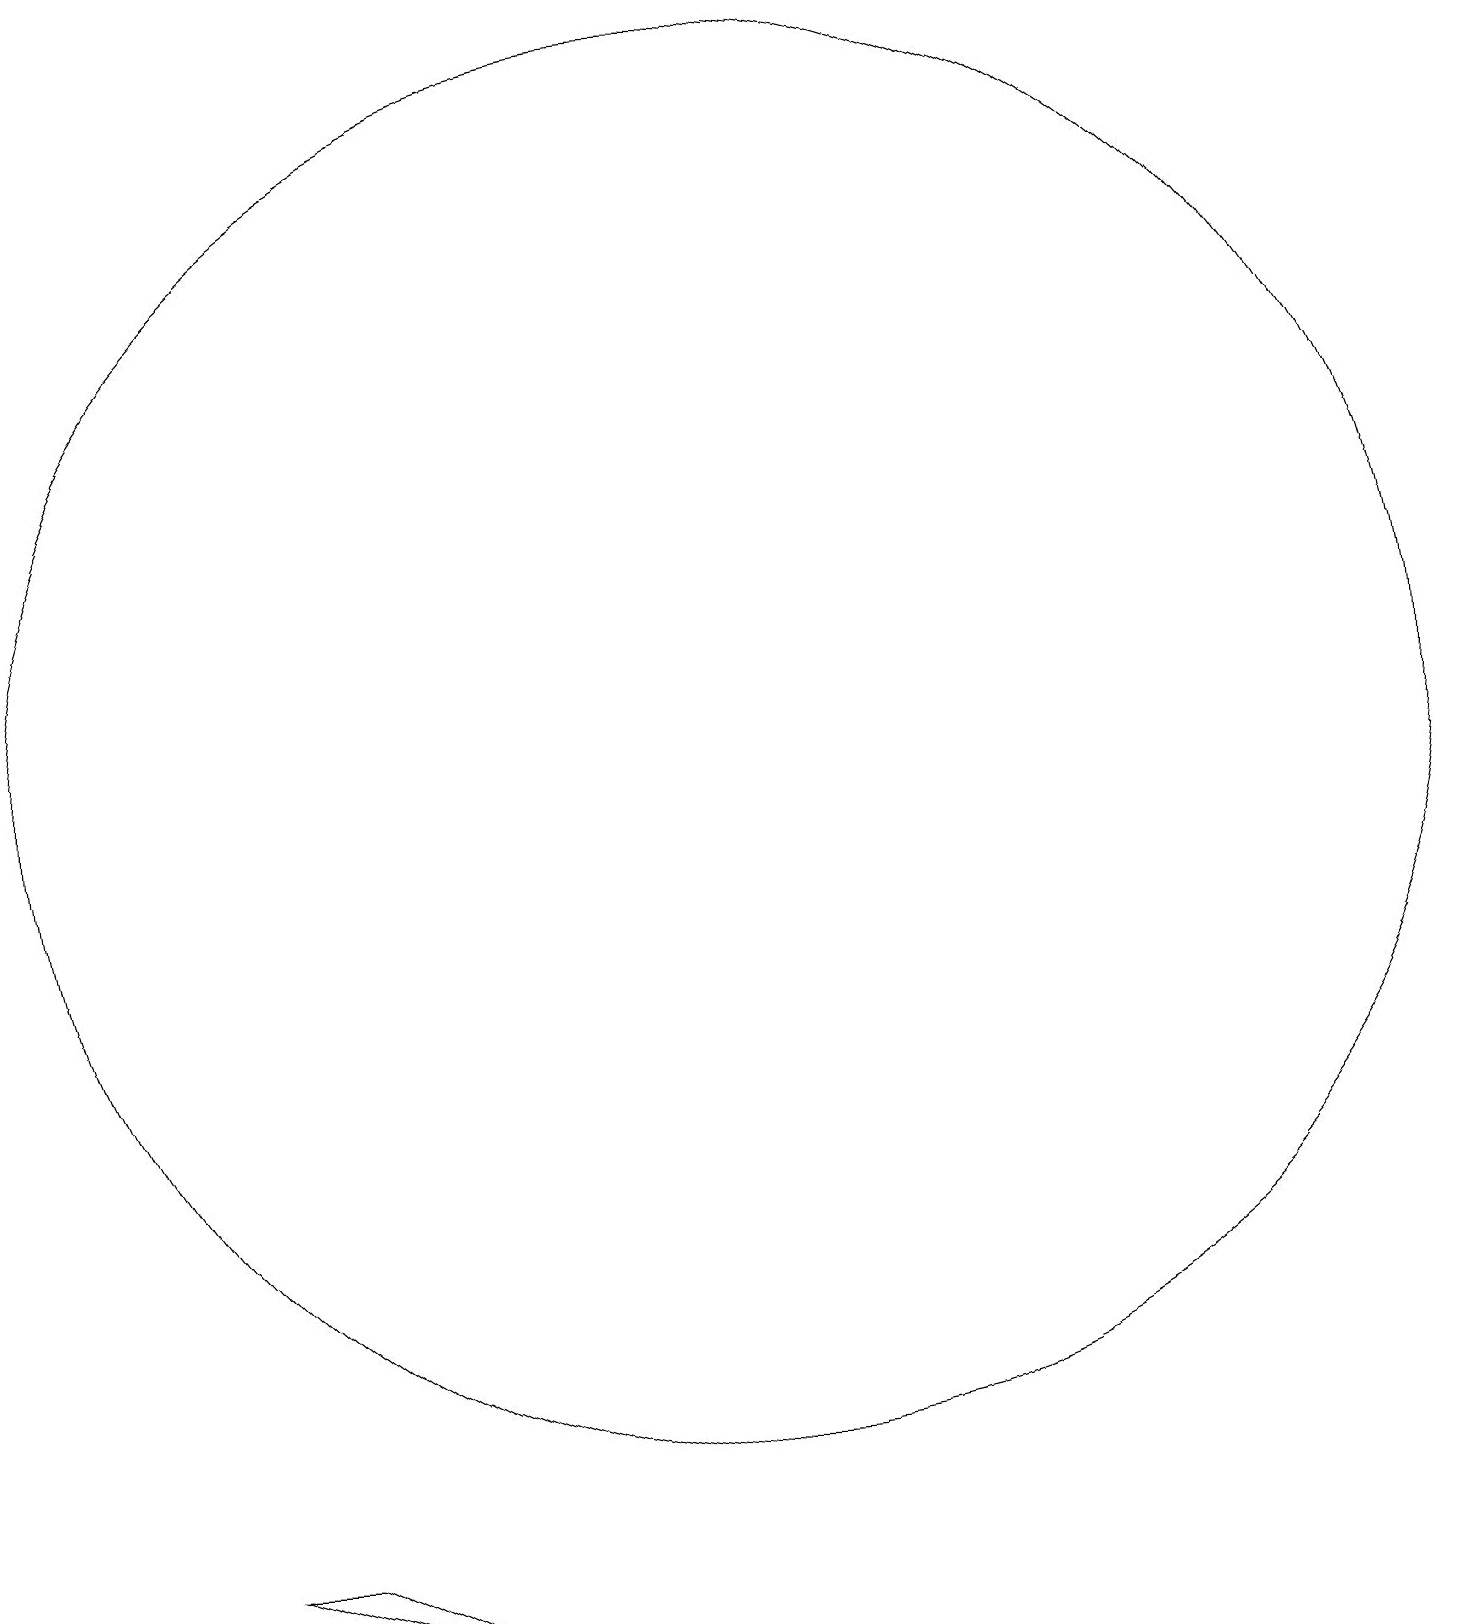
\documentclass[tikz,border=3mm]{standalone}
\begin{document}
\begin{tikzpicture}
\draw (10,11) circle (9);
\draw (4,1) -- (6,0) -- (3,1) -- cycle;
\draw (11,10) circle (0);
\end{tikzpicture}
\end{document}